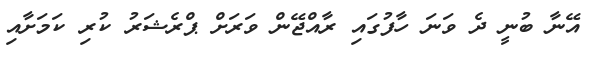
އޭނާ ބުނީ ދެ ވަނަ ހާފުގައި ރާއްޖޭން ވަރަށް ޕްރެޝަރު ކުރި ކަމަށާއި